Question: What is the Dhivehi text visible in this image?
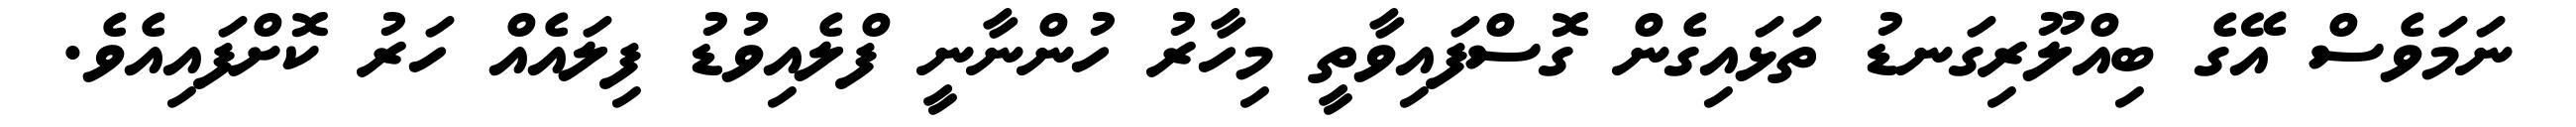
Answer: ނަމަވެސް އޭގެ ބިއްލޫރިގަނޑު ތަޅައިގެން ގޮސްފައިވާތީ މިހާރު ހުންނާނީ ފްލެއިވުޑު ފިލައެއް ހަރު ކޮށްފައިއެވެ.